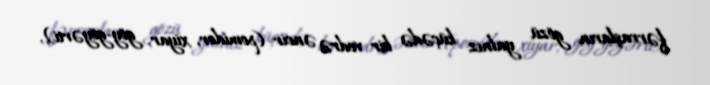
fərraşların gözü yalnız küçədə bir vedrə əncir (pomidor, xiyar, göy-göyərti),